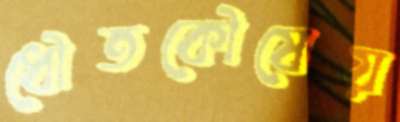
ধৌতকৌষেয়